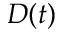
D ( t )